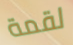
لقمة